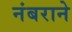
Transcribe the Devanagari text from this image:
नंबराने